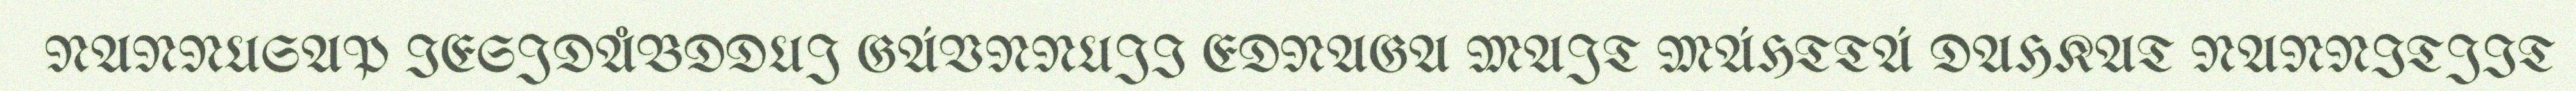
NANNUSAP IESJDÅBDDUJ GÁVNNUJI EDNAGA MAJT MÁHTTÁ DAHKAT NANNITJIT